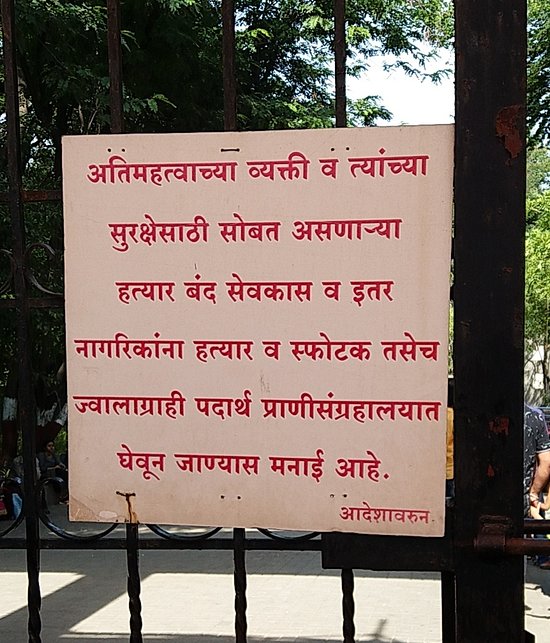
Language: marathi
Transcription: त्यांच्या सुरक्षेसाठी सोबत असणाऱ्या हत्यार बंद सेवकास व नागरिकांना हत्यार व स्फोटक तसेच ज्वालाग्राही पदार्थ प्राणीसंग्रहालयात घेवून जाण्यास मनाई आहे. आदेशावरून अतिमहत्वाच्या व व्यक्ती इतर